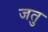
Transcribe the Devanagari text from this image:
जतु